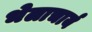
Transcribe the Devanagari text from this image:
भेलाचार्य